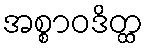
အစ္စာဝဒိတ္ထ